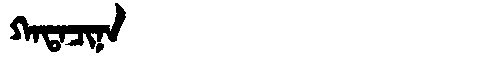
Manchu: ᡴᠠᡨᠠᠴᡳᠨᠠ
Romanization: KATACINA